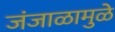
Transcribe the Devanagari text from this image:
जंजाळामुळे